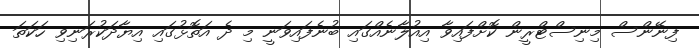
ފިނޭންސް މިނިސްޓްރީން ކޮށްފައިވާ އިއުލާނެއްގައި ބުނެފައިވަނީ މި ދެ އަތޮޅުގައި އިޔާދަކުރަނިވި ހަކަތަ